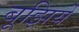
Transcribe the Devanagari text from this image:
बूझिये